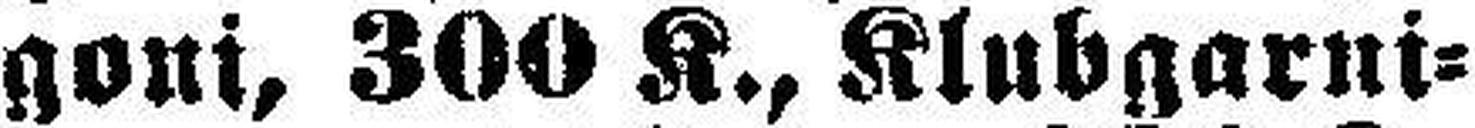
goni, 300 K., Klubgarni¬